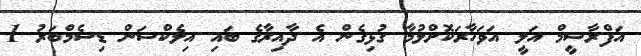
އަފްރާޝީމް އަލީ އަވަހާރަކޮށްލުމާ ގުޅިގެން އެ ދާއިރާގެ ބައި އިލެކްޝަން ޑިސެމްބަރު 1